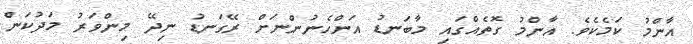
އާންމު ކަމެކެވެ. އާންމު ގޮތެއްގައި މާބަނޑު އަންހެނުންނަށް ރޭގަނޑު ނިދޭ މިންވަރު މަދުކަން